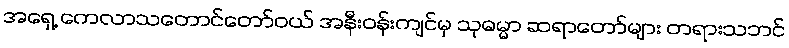
အရှေ့ ကေလာသတောင်တော်ဝယ် အနီးဝန်းကျင်မှ သုဓမ္မာ ဆရာတော်များ တရားသဘင်